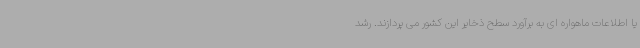
یا اطلاعات ماهواره ای به برآورد سطح ذخایر این کشور می پردازند. رشد